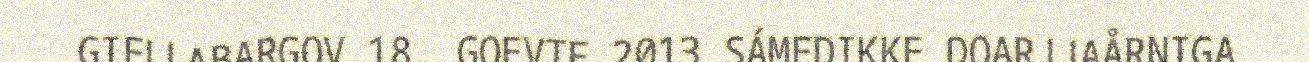
GIELLABARGOV 18. GOEVTE 2013 SÁMEDIKKE DOARJJAÅRNIGA